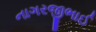
નાગરજીભાઈ